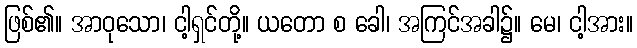
ဖြစ်၏။ အာဝုသော၊ ငါ့ရှင်တို့။ ယတော စ ခေါ၊ အကြင်အခါ၌။ မေ၊ ငါ့အား။